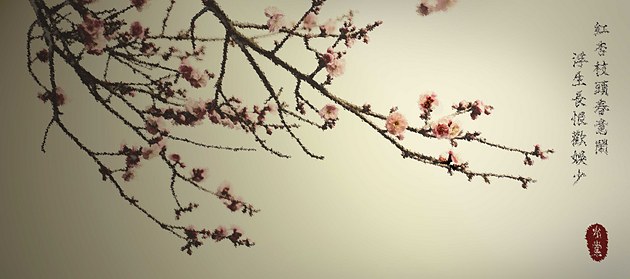
浮生长恨欢娱少。